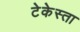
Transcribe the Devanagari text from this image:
टेकेस्ता